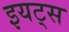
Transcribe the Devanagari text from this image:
इयट्स